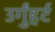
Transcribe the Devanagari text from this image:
उर्गुंहर्ट